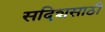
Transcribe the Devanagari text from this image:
सदिशसाठी